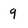
Character: q